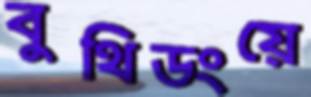
বুথিডংয়ে